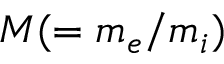
M ( = m _ { e } / m _ { i } )